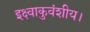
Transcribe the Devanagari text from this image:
इक्ष्वाकुवंशीय।